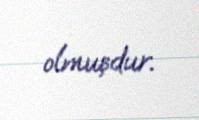
olmuşdur.